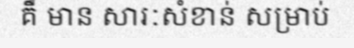
គឺ មាន សារៈសំខាន់ សម្រាប់